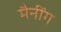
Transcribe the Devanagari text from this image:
मैनींग